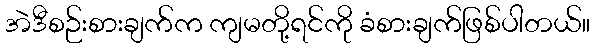
အဲဒီစဉ်းစားချက်က ကျမတို့ရင်ကို ခံစားချက်ဖြစ်ပါတယ်။